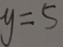
y = 5